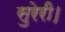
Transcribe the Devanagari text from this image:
सुरेरी।